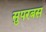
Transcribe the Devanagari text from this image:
सुपरबस